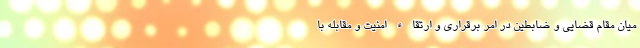
میان مقام قضایی و ضابطین در امر برقراری و ارتقاء امنیت و مقابله با